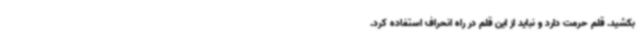
بکشید. قلم حرمت دارد و نباید از این قلم در راه انحراف استفاده کرد.